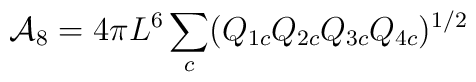
{\cal A}_8=4\pi L^6\sum_{c}(Q_{1c}Q_{2c}Q_{3c}Q_{4c})^{1/2}